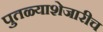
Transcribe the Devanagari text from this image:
पुतळ्याशेजारीच